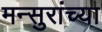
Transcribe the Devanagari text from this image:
मन्सुरांच्या